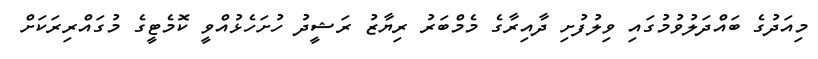
މިއަދުގެ ބައްދަލުވުމުގައި ވިލުފުށި ދާއިރާގެ މެމްބަރު ރިޔާޒު ރަޝީދު ހުށަހެޅުއްވީ ކޮމެޓީގެ މުގައްރިރަކަށް